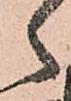
ゝ